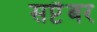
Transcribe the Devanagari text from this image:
सप्टॆंबर